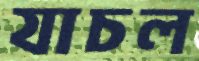
যাচল